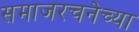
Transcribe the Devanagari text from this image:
समाजरचनेच्या